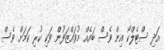
އަދި ސްޓެލްކޯ އިން ވެސް ބައެއް މުވައްޒަފުން ވަކި ކުރި ކަމަށް ވެސް